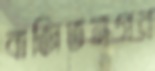
বাজিতনগর